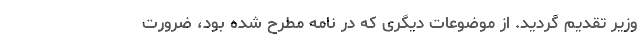
وزیر تقدیم گردید. از موضوعات دیگری که در نامه مطرح شده بود، ضرورت